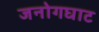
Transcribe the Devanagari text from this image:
जनोगघाट